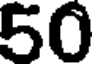
50